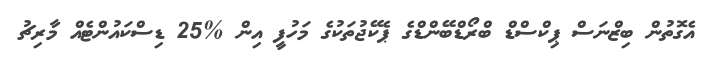
އެގޮތުން ބިޒްނަސް ޕިކްސްޑް ބްރޯޑްބޭންޑްގެ ޕެކޭޖުތަކުގެ މަހުފީ އިން %25 ޑިސްކައުންޓެއް މާރިޗު